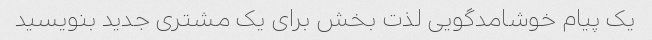
یک پیام خوشامدگویی لذت بخش برای یک مشتری جدید بنویسید